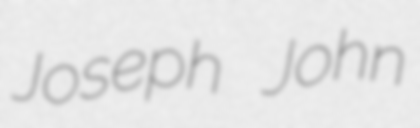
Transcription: Joseph John